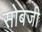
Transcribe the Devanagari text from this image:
सोबजी